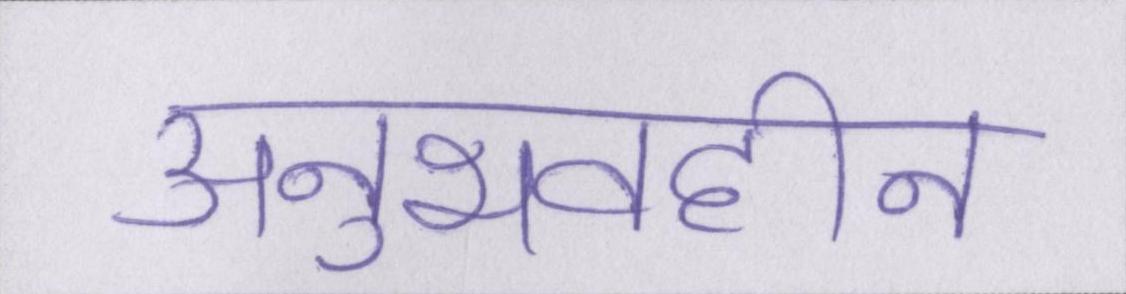
अनुभवहीन